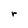
Character: r